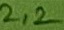
Text: 2,2